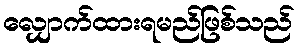
လျှောက်ထားရမည်ဖြစ်သည်